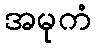
အမုကံ